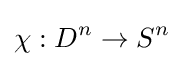
\chi :D^{n}\to S^{n}